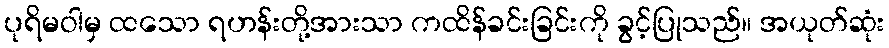
ပုရိမဝါမှ ထသော ရဟန်းတို့အားသာ ကထိန်ခင်းခြင်းကို ခွင့်ပြုသည်။ အယုတ်ဆုံး